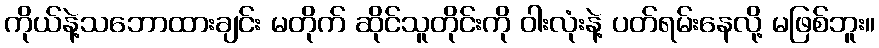
ကိုယ်နဲ့သဘောထားချင်း မတိုက် ဆိုင်သူတိုင်းကို ဝါးလုံးနဲ့ ပတ်ရမ်းနေလို့ မဖြစ်ဘူး။